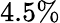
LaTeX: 4.5\%